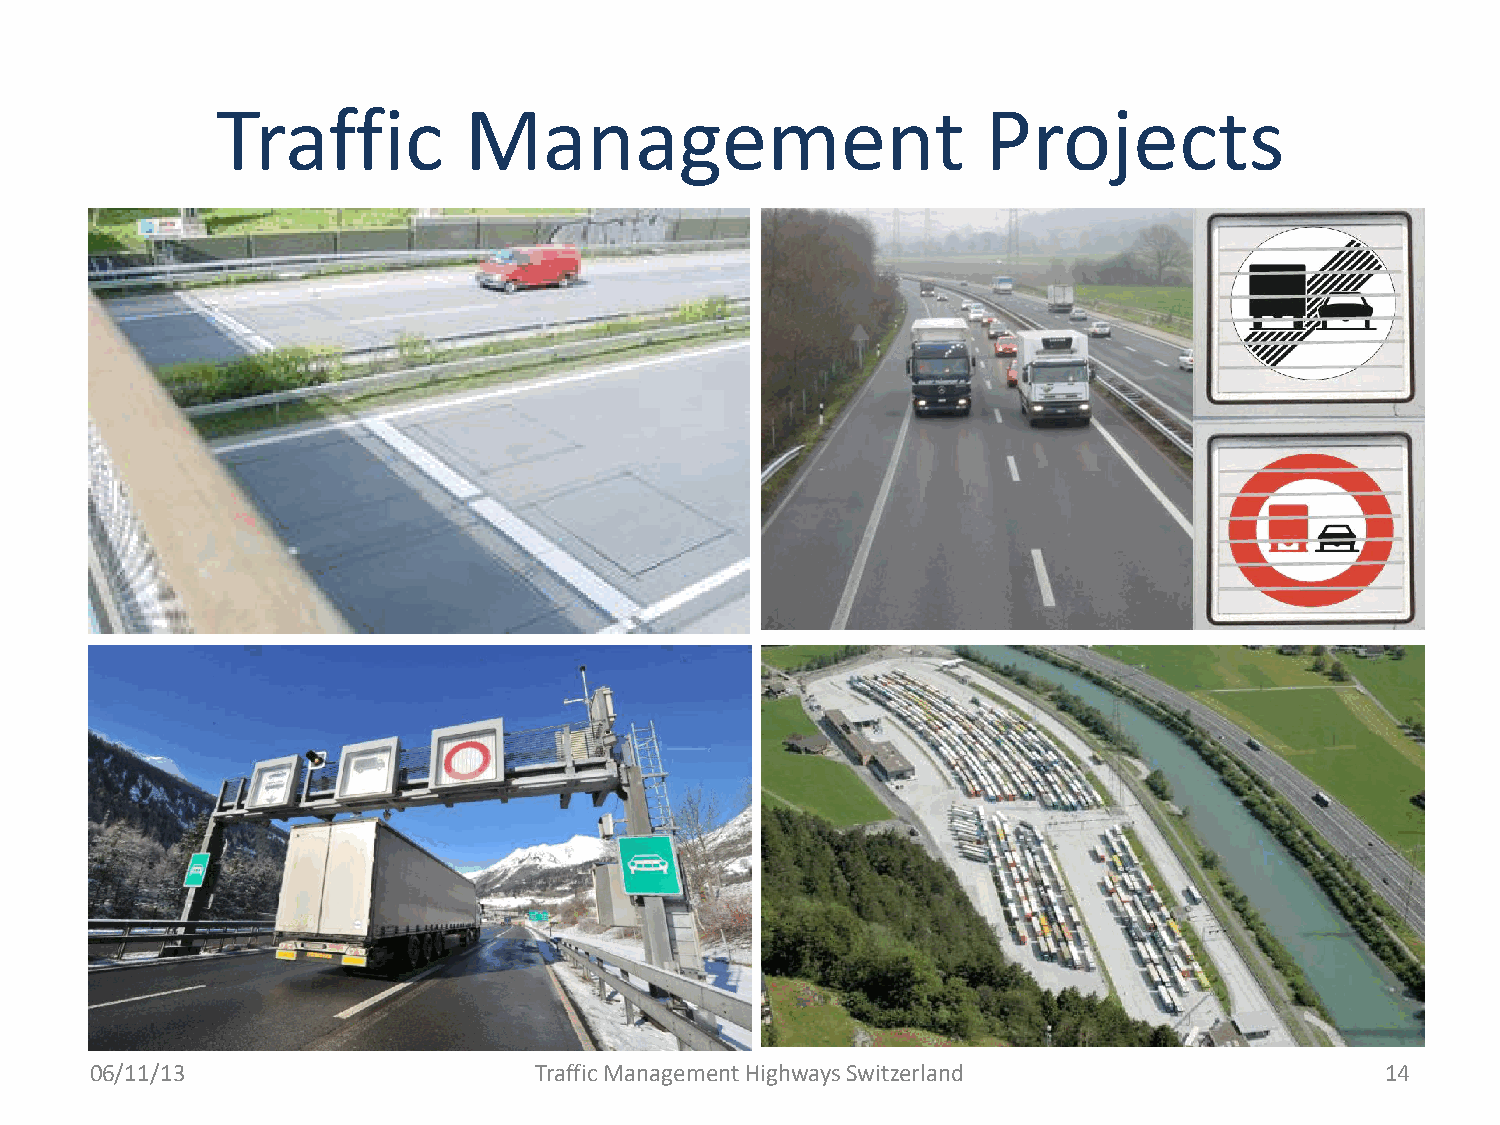
Traffic          Management                        Projects
 06/11/13                     Traffic Management Highways Switzerland                  14